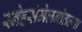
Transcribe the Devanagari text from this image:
स्नेहसंमेलनांतल्या